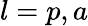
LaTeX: l=p,a